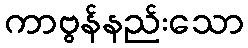
ကာဗွန်နည်းသော